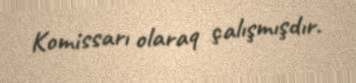
Komissarı olaraq çalışmışdır.